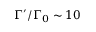
\Gamma ^ { \prime } / \Gamma _ { 0 } \sim 1 0